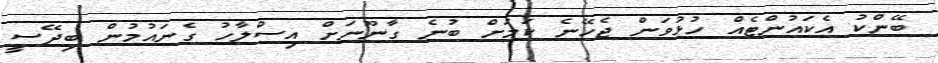
ބޭންކު އެކައުންޓެއް ހުޅުވަން ޖެހޭނެ ކަމަށް ބުނެ ގާނޫނަށް އިސްލާހު ގެނައުމުން ބިދޭސީ